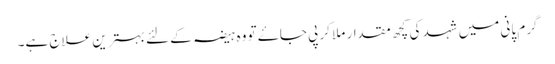
گرم پانی میں شہد کی کچھ مقدار ملا کر پی جاۓ تو وہ ہیضہ کے لئے بہترین علاج ہے۔